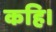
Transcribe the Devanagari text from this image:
कहि।